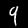
Label: 9